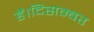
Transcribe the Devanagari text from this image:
हैं।दिसम्बर